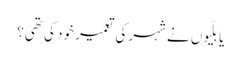
یا بلّیوں نے شہر کی تعمیر خود کی تھی؟